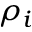
\rho _ { i }